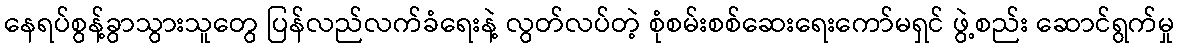
နေရပ်စွန့်ခွာသွားသူတွေ ပြန်လည်လက်ခံရေးနဲ့ လွတ်လပ်တဲ့ စုံစမ်းစစ်ဆေးရေးကော်မရှင် ဖွဲ့စည်း ဆောင်ရွက်မှု